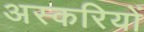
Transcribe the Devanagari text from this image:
अस्करियों